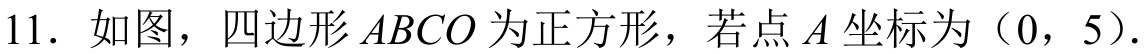
11. 如图，四边形 \(ABCO\) 为正方形，若点 \(A\) 坐标为（0，5）.